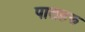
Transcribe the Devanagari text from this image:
पातहरु